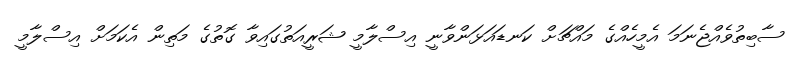
ސާބިތުވެއްޖެނަމަ އެމީހެއްގެ މައްޗަށް ކަނޑައަޅަންވާނީ އިސްލާމީ ޝަރީއަތުގައިވާ ގޮތުގެ މަތިން އެކަމަށް އިސްލާމީ